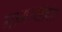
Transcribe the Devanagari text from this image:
नागरखंडांत